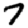
Digit: 7